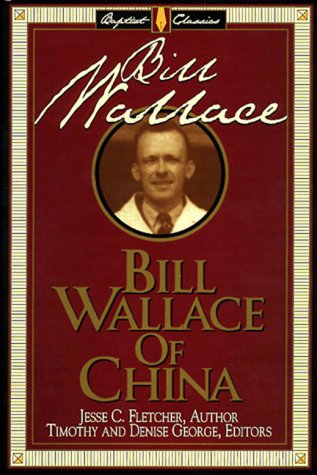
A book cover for Bill Wallace of China (Library of Baptist Classics); Jesse C. Fletcher; Christian Books & Bibles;